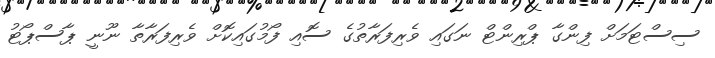
ސިސްޓަމަށް ފިންގާ ޕްރިންޓް ނަގައި ވެރިފަރާތުގެ ސޮއި ފޯމުގައިކޮށް ވެރިފަރާތާ ނޫނީ ޕާސްޕޯޓު